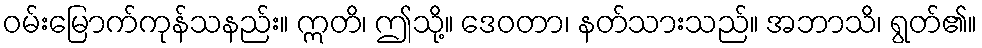
ဝမ်းမြောက်ကုန်သနည်း။ ဣတိ၊ ဤသို့။ ဒေဝတာ၊ နတ်သားသည်။ အဘာသိ၊ ရွတ်၏။